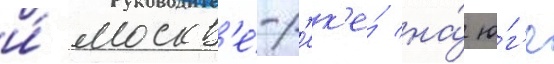
и́ москв'е́-р'ек'е́ на́ ю́г'е